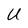
Character: U